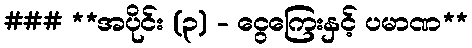
### **အပိုင်း (၃) - ငွေကြေးနှင့် ပမာဏ**